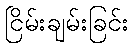
ငြိမ်းချမ်းခြင်း